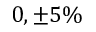
0 , \pm 5 \%